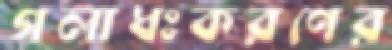
গলাধঃকরণের